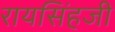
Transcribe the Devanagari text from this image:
रायसिंहजी